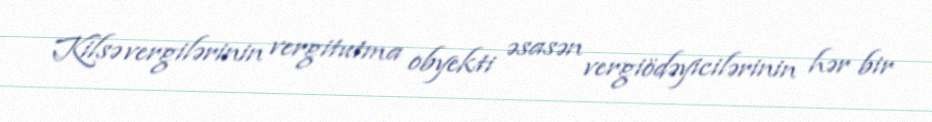
Kilsə vergilərinin vergitutma obyekti əsasən vergiödəyicilərinin hər bir